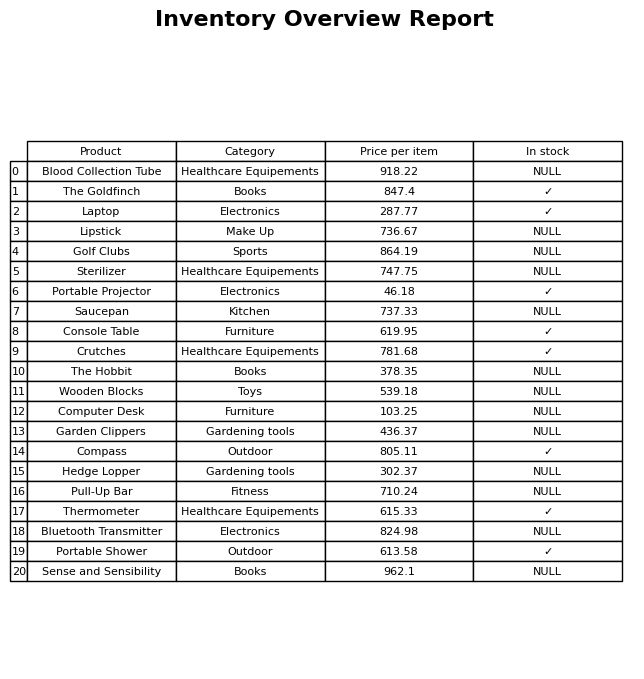
question: What is the price for Garden Clippers?
answer: The price of Garden Clippers is 436.37.